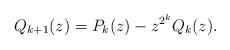
LaTeX: \begin{align*}Q_{k+1}(z) = P_k(z) - z^{2^k}Q_k(z).\end{align*}